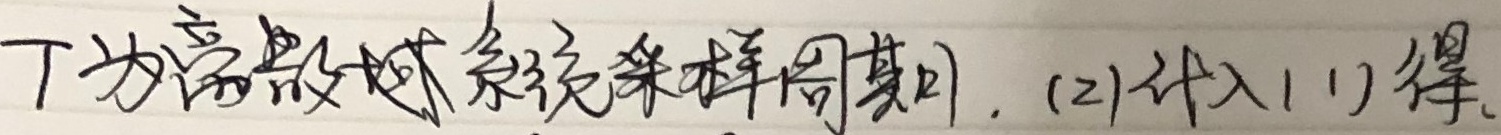
T为离散域系统采样周期，(2)代入(1)得、